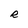
Character: R